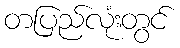
တပြည်လုံးတွင်